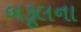
બકૂલના